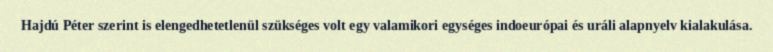
Hajdú Péter szerint is elengedhetetlenül szükséges volt egy valamikori egységes indoeurópai és uráli alapnyelv kialakulása.